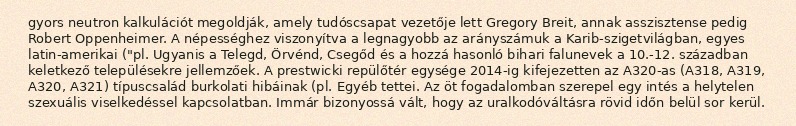
gyors neutron kalkulációt megoldják, amely tudóscsapat vezetője lett Gregory Breit, annak asszisztense pedig Robert Oppenheimer. A népességhez viszonyítva a legnagyobb az arányszámuk a Karib-szigetvilágban, egyes latin-amerikai ("pl. Ugyanis a Telegd, Örvénd, Csegőd és a hozzá hasonló bihari falunevek a 10.-12. században keletkező településekre jellemzőek. A prestwicki repülőtér egysége 2014-ig kifejezetten az A320-as (A318, A319, A320, A321) típuscsalád burkolati hibáinak (pl. Egyéb tettei. Az öt fogadalomban szerepel egy intés a helytelen szexuális viselkedéssel kapcsolatban. Immár bizonyossá vált, hogy az uralkodóváltásra rövid időn belül sor kerül.